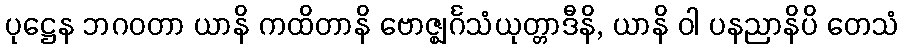
ပုဋ္ဌေန ဘဂဝတာ ယာနိ ကထိတာနိ ဗောဇ္ဈင်္ဂသံယုတ္တာဒီနိ, ယာနိ ဝါ ပနညာနိပိ တေသံ